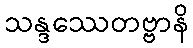
သန္ဒဿေတဗ္ဗာနိ